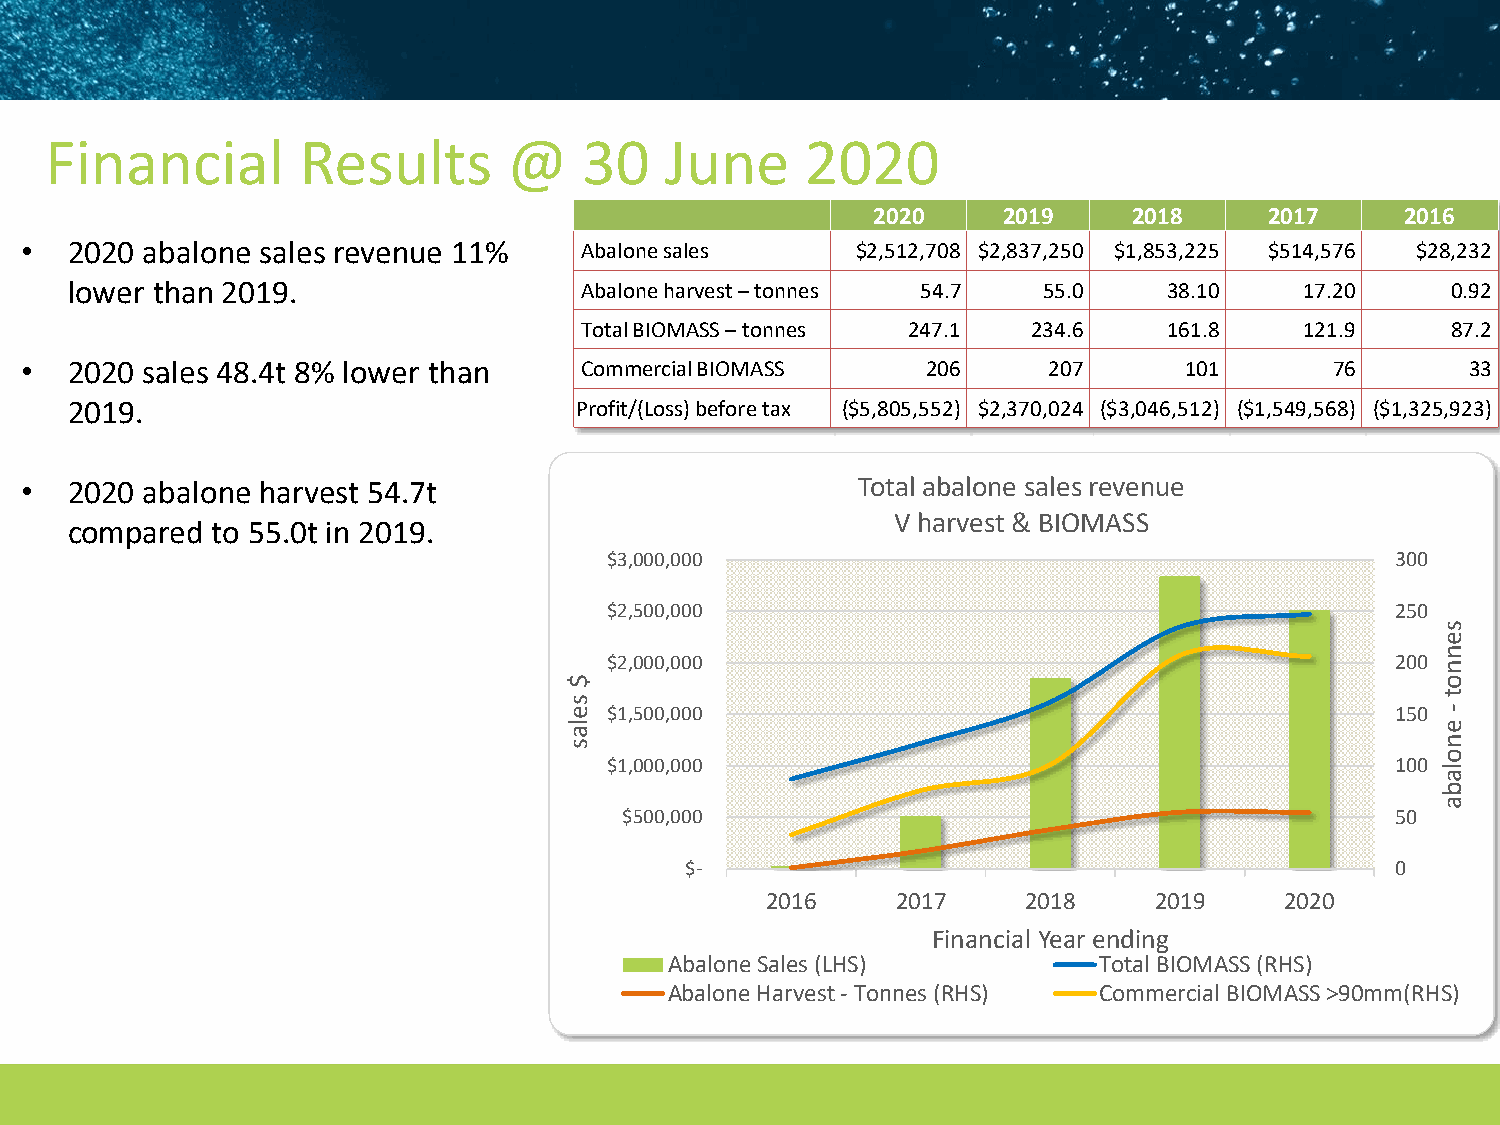
Financial        Results       @    30   June     2020
 2020    2019     2018     2017     2016
 •   2020 abalone sales revenue 11%   Abalone sales      $2,512,708 $2,837,250 $1,853,225 $514,576 $28,232
 lower than 2019.                 Abalone harvest –tonnes 54.7   55.0    38.10    17.20     0.92
 Total BIOMASS –tonnes 247.1   234.6    161.8    121.9     87.2
 •   2020 sales 48.4t 8% lower than   Commercial BIOMASS     206     207      101       76       33
 2019.                            Profit/(Loss) beforetax ($5,805,552) $2,370,024 ($3,046,512) ($1,549,568) ($1,325,923)
 •   2020 abalone harvest 54.7t                          Total abalone sales revenue
 V harvest & BIOMASS
 compared to 55.0t in 2019.
 $3,000,000                                          300
 $2,500,000                                          250
 s
 e
 n
 $2,000,000                                          200 n
 $                                                        o
 s                                                        t
 e $1,500,000                                          150 -
 l a                                                      e
 s                                                        n
 o
 $1,000,000                                          100 l
 a
 b
 a
 $500,000                                           50
 $-                                             0
 2016    2017     2018    2019     2020
 Financial Year ending
 Abalone Sales (LHS)          Total BIOMASS (RHS)
 Abalone Harvest - Tonnes (RHS) Commercial BIOMASS >90mm(RHS)
 20